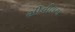
સીવીલના